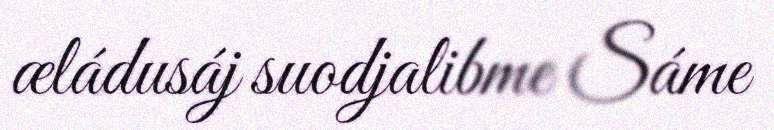
æládusáj suodjalibme Sáme